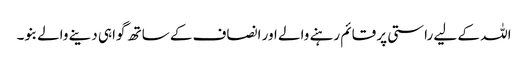
اللہ کے لیے راستی پر قائم رہنے والے اور انصاف کے ساتھ گواہی دینے والے بنو۔